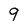
Character: 9